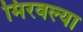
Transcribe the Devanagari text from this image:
मिरवल्या